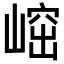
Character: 𡺴